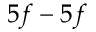
5 f - 5 f